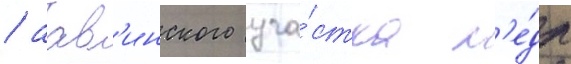
/ аав'инского уча́стка н'е́др